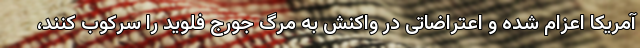
آمریکا اعزام شده و اعتراضاتی در واکنش به مرگ جورج فلوید را سرکوب کنند،